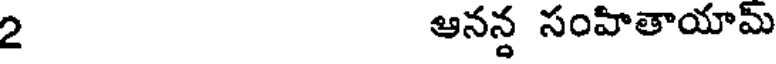
2 ఆనన్ద సంహితాయామ్